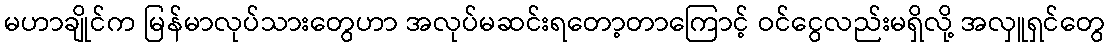
မဟာချိုင်က မြန်မာလုပ်သားတွေဟာ အလုပ်မဆင်းရတော့တာကြောင့် ဝင်ငွေလည်းမရှိလို့ အလှူရှင်တွေ